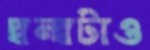
দ্বন্দ্বটাও